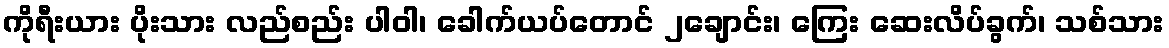
ကိုရီးယား ပိုးသား လည်စည်း ပါဝါ၊ ခေါက်ယပ်တောင် ၂ချောင်း၊ ကြေး ဆေးလိပ်ခွက်၊ သစ်သား